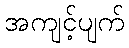
အကျင့်ပျက်